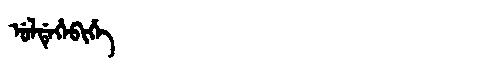
Manchu: ᡠᠯᡩᡝᡥᡝᠪᡳᡥᡝ
Romanization: ULDEHEBIHE